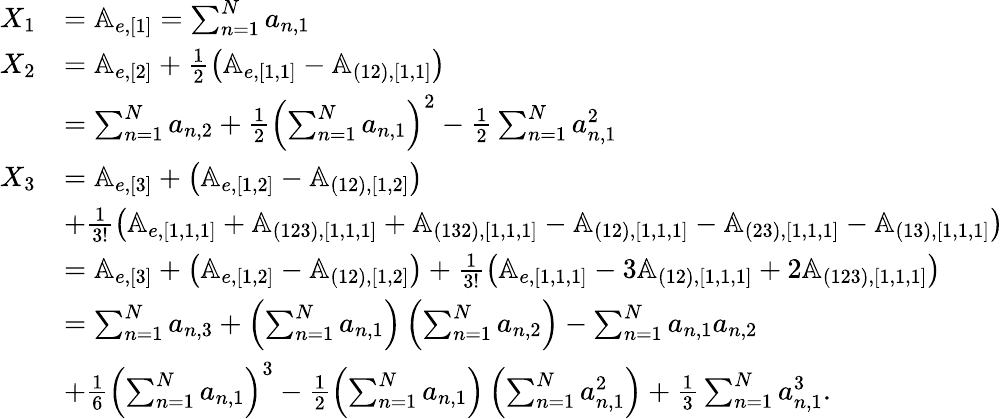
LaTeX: \begin{array}{rl}{X_{1}}&{=\mathbb{A}_{e,[1]}=\sum_{n=1}^{N}a_{n,1}}\\ {X_{2}}&{=\mathbb{A}_{e,[2]}+\frac{1}{2}\left(\mathbb{A}_{e,[1,1]}-\mathbb{A}_{(12),[1,1]}\right)}\\ &{=\sum_{n=1}^{N}a_{n,2}+\frac{1}{2}\left(\sum_{n=1}^{N}a_{n,1}\right)^{2}-\frac{1}{2}\sum_{n=1}^{N}a_{n,1}^{2}}\\ {X_{3}}&{=\mathbb{A}_{e,[3]}+\left(\mathbb{A}_{e,[1,2]}-\mathbb{A}_{(12),[1,2]}\right)}\\ &{+\frac{1}{3!}\left(\mathbb{A}_{e,[1,1,1]}+\mathbb{A}_{(123),[1,1,1]}+\mathbb{A}_{(132),[1,1,1]}-\mathbb{A}_{(12),[1,1,1]}-\mathbb{A}_{(23),[1,1,1]}-\mathbb{A}_{(13),[1,1,1]}\right)}\\ &{=\mathbb{A}_{e,[3]}+\left(\mathbb{A}_{e,[1,2]}-\mathbb{A}_{(12),[1,2]}\right)+\frac{1}{3!}\left(\mathbb{A}_{e,[1,1,1]}-3\mathbb{A}_{(12),[1,1,1]}+2\mathbb{A}_{(123),[1,1,1]}\right)}\\ &{=\sum_{n=1}^{N}a_{n,3}+\left(\sum_{n=1}^{N}a_{n,1}\right)\left(\sum_{n=1}^{N}a_{n,2}\right)-\sum_{n=1}^{N}a_{n,1}a_{n,2}}\\ &{+\frac{1}{6}\left(\sum_{n=1}^{N}a_{n,1}\right)^{3}-\frac{1}{2}\left(\sum_{n=1}^{N}a_{n,1}\right)\left(\sum_{n=1}^{N}a_{n,1}^{2}\right)+\frac{1}{3}\sum_{n=1}^{N}a_{n,1}^{3}.}\end{array}